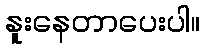
နူးနေတာပေးပါ။